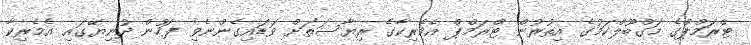
ޓްރަމްޕްގެ މަގްބޫލްކަމުގެ އިތުރުން ޓްރަމްޕް އެމެރިކާގެ ރިޔާސަތަށް ވަޑައިގެންނެވި ފަހުން ދުނިޔޭގައި އެމެރިކާ